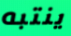
ينتبه